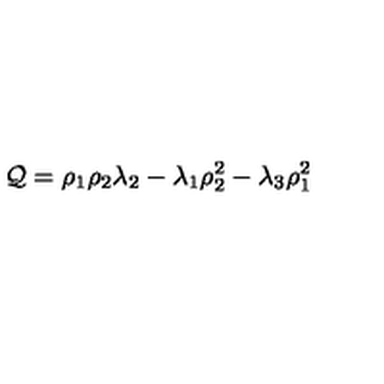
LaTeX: { \cal Q } = \rho _ { 1 } \rho _ { 2 } \lambda _ { 2 } - \lambda _ { 1 } \rho _ { 2 } ^ { 2 } - \lambda _ { 3 } \rho _ { 1 } ^ { 2 }